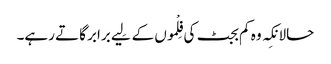
حالانکِہ وہ کم بجٹ کی فِلْموں کے لِیے برابر گاتے رہے۔